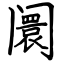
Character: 阛